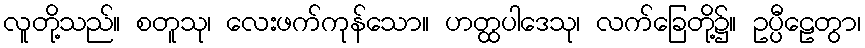
လူတို့သည်။ စတူသု၊ လေးဖက်ကုန်သော။ ဟတ္ထပါဒေသု၊ လက်ခြေတို့၌။ ဥပ္ပီဠေတွာ၊